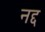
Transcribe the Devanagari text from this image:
नद्द